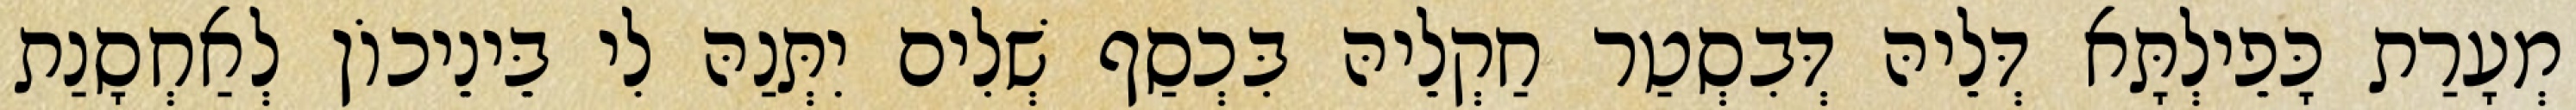
מְעָרַת כָּפֵילְתָּא דְּלֵיהּ דְּבִסְטַר חַקְלֵיהּ בִּכְסַף שְׁלִים יִתְּנַהּ לִי בֵּינֵיכוֹן לְאַחְסָנַת